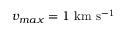
v _ { m a x } = 1 \ \mathrm { k m \ s ^ { - 1 } }